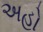
અહો